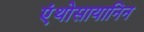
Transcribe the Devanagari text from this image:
एंथोसायानिन